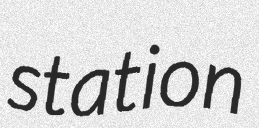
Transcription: station